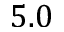
5 . 0